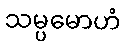
သမ္ပမောဟံ